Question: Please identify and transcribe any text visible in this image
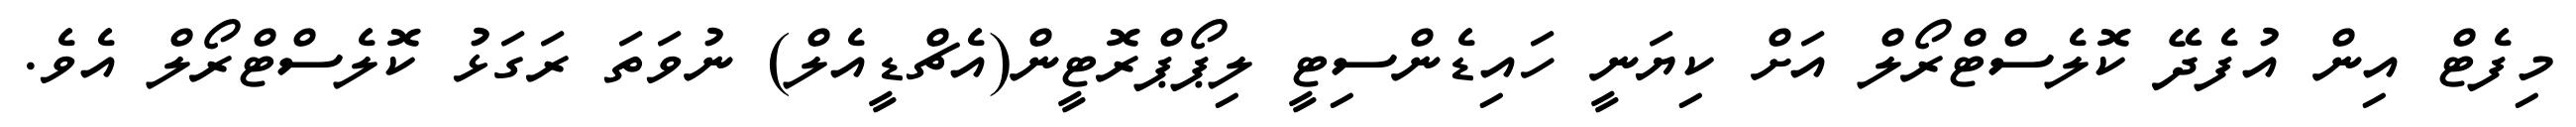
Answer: މިފެޓް އިން އުފެދޭ ކޮލެސްޓްރޯލް އަށް ކިޔަނީ ހައިޑެންސިޓީ ލިޕޯޕްރޮޓީން(އެޗްޑީއެލް) ނުވަތަ ރަގަޅު ކޮލެސްޓްރޯލް އެވެ.